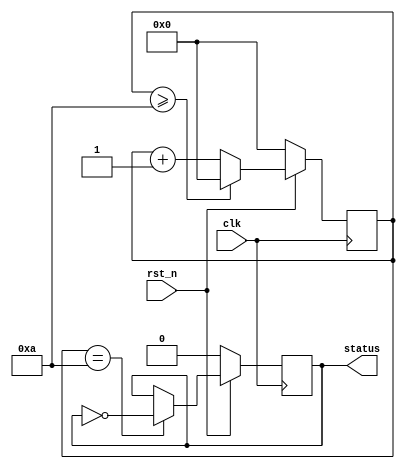
module QproVerilogTemplate (
    input clk,
    input rst_n,
    
    output reg status);

    reg[3:0] cnt;

    always @(posedge clk) begin
        if (!rst_n)
            cnt <= 0;
        else if (cnt >= 10)
            cnt <= 0;
        else
            cnt <= cnt + 1;
    end

    always @ (posedge clk)
    begin
        if(!rst_n)
            status <= 0;
        else if(cnt == 10)
            status <= !status;
    end

endmodule